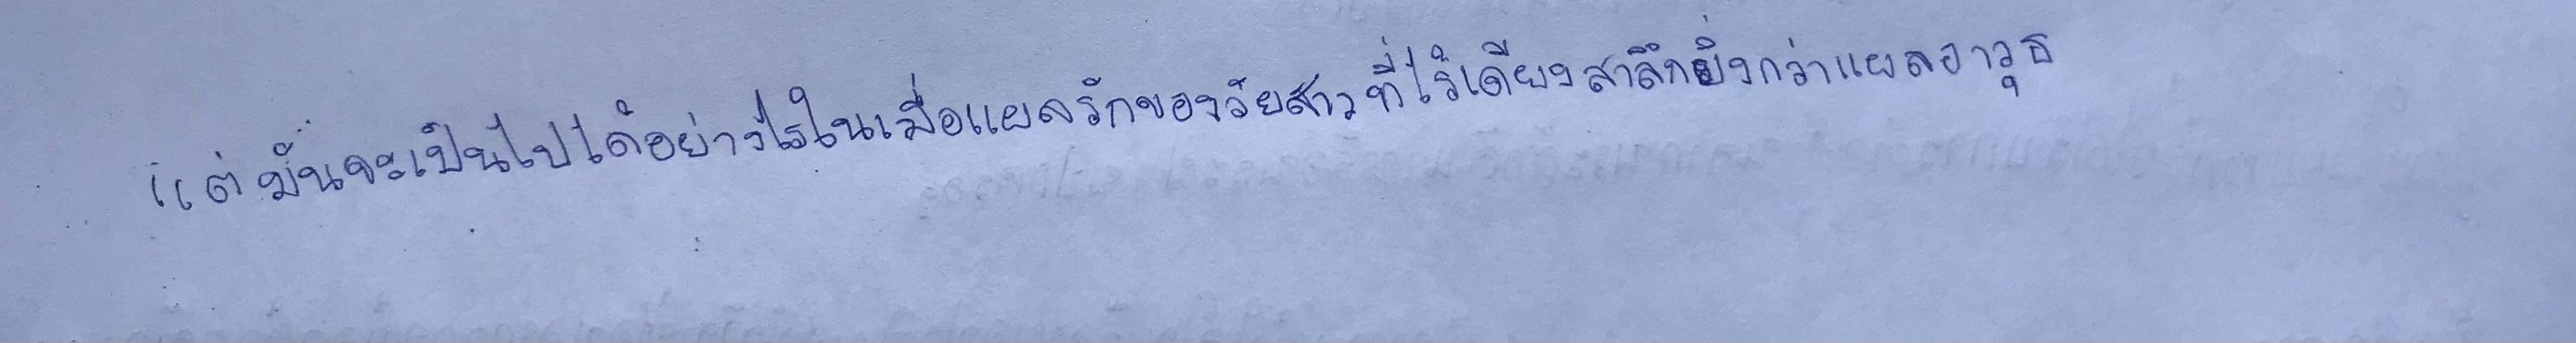
แต่มันจะเป็นไปได้อย่างไรในเมื่อแผลรักของวัยสาวที่ไร้เดียงสาลึกยิ่งกว่าแผลอาวุธ